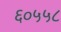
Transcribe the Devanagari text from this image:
६०५५८